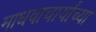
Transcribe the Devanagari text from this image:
माधवाचार्यांच्या